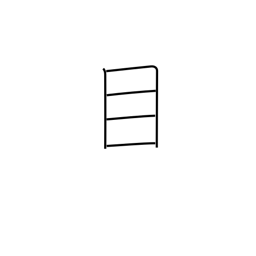
Meaning: care